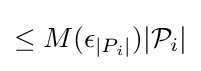
\leq M(\epsilon _{|P_{i}|})|{\mathcal {P}}_{i}|